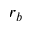
r _ { b }